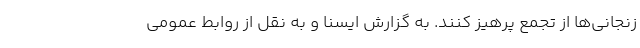
زنجانی‌ها از تجمع پرهیز کنند. به گزارش ایسنا و به نقل از روابط عمومی